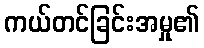
ကယ်တင်ခြင်းအမှု၏